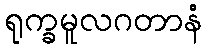
ရုက္ခမူလဂတာနံ